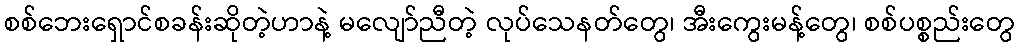
စစ်ဘေးရှောင်စခန်းဆိုတဲ့ဟာနဲ့ မလျော်ညီတဲ့ လုပ်သေနတ်တွေ၊ အီးကွေးမန့်တွေ၊ စစ်ပစ္စည်းတွေ